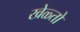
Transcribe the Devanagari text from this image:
खेळ्तो